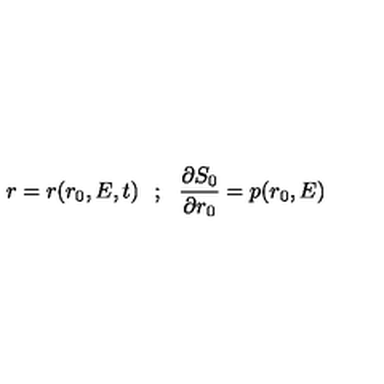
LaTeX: r = r ( r _ { 0 } , E , t ) \: \: \: ; \: \: \: \frac { \partial S _ { 0 } } { \partial r _ { 0 } } = p ( r _ { 0 } , E )